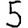
Digit: 5